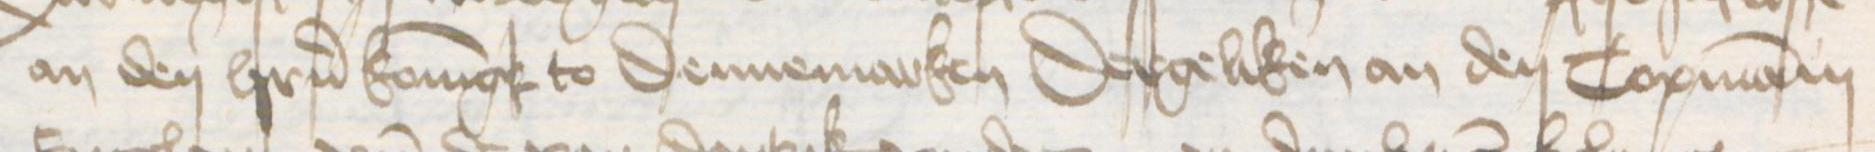
an den herrn Koningk to Dennemarken Dergeliken an den Copmanni